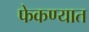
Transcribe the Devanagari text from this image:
फेकण्यात